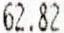
62.82